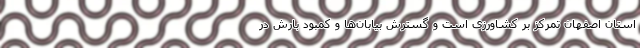
استان اصفهان تمرکز بر کشاورزی است و گسترش بیابان‌ها و کمبود بارش در